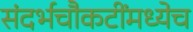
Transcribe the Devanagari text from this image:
संदर्भचौकटींमध्येच